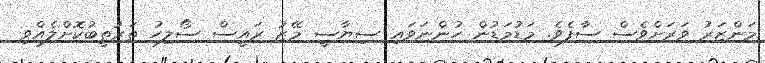
މަންޒަރު ވަރަށްވެސް ސާފެވެ. މަޑުމަޑުން ހުންނަވައި ސިޔާސީ މޭޒު ރައީސް ސޯލިހު ތަރުތީބުކޮށްލެއްވި